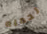
تحمله